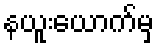
နယူးယောက်မှ